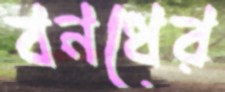
বনধের